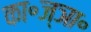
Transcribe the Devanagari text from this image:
का॰ज्ञा॰